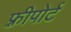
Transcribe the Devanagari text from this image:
फ़्रीपोर्ट